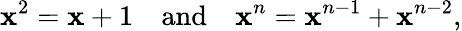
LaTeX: \mathbf{x}^{2}=\mathbf{x}+1\quad{\mathrm{{and}}}\quad\mathbf{x}^{n}=\mathbf{x}^{n-1}+\mathbf{x}^{n-2},